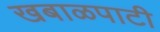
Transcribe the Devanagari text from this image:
खबाळपाटी